Vaccination in the Punjab 1883-1896 - 1883-1896
Year: 1883
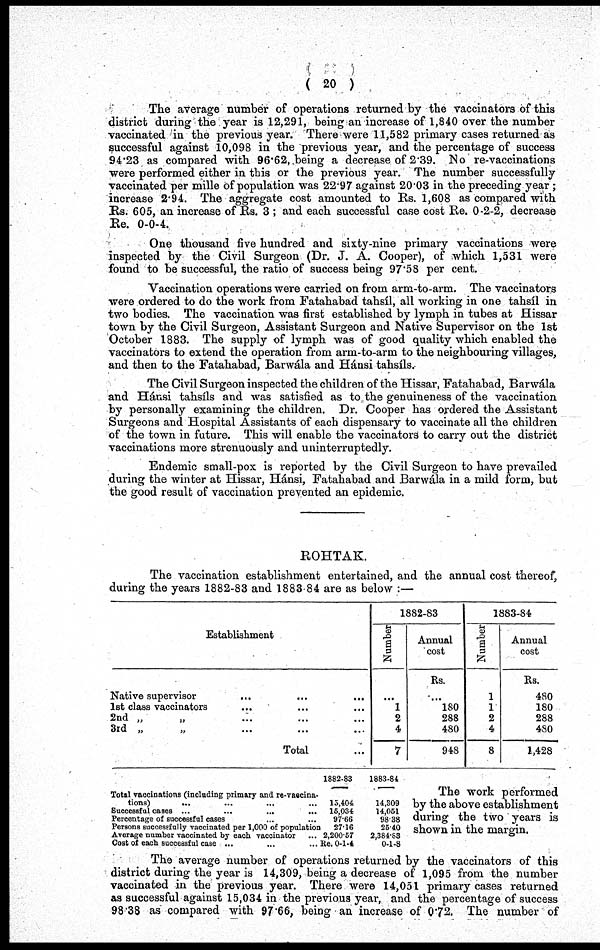
( 20 )
The average number of operations returned by the vaccinators of this
district during the year is 12,291, being an increase of 1,840 over the number
vaccinated in the previous year. There were 11,582 primary cases returned as
successful against 10,098 in the previous year, and the percentage of success
94.23 as compared with 96.62, being a decrease of 2.39. No re-vaccinations
were performed either in this or the previous year. The number successfully
vaccinated per mille of population was 22.97 against 20.03 in the preceding year ;
increase 2.94. The aggregate cost amounted to Rs. 1,608 as compared with
Rs. 605, an increase of Rs. 3 ; and each successful case cost Re. 0-2-2, decrease
Re. 0-0-4.
One thousand five hundred and sixty-nine primary vaccinations were
inspected by the Civil Surgeon (Dr. J. A. Cooper), of which 1,531 were
found to be successful, the ratio of success being 97.58 per cent.
Vaccination operations were carried on from arm-to-arm. The vaccinators
were ordered to do the work from Fatahabad tahsíl, all working in one tahsíl in
two bodies. The vaccination was first established by lymph in tubes at Hissar
town by the Civil Surgeon, Assistant Surgeon and Native Supervisor on the 1st
October 1883. The supply of lymph was of good quality which enabled the
vaccinators to extend the operation from arm-to-arm to the neighbouring villages,
and then to the Fatahabad, Barwála and Hánsi tahsíls.
The Civil Surgeon inspected the children of the Hissar, Fatahabad, Barwála
and Hánsi tahsíls and was satisfied as to the genuineness of the vaccination
by personally examining the children. Dr. Cooper has ordered the Assistant
Surgeons and Hospital Assistants of each dispensary to vaccinate all the children
of the town in future. This will enable the vaccinators to carry out the district
vaccinations more strenuously and uninterruptedly.
Endemic small-pox is reported by the Civil Surgeon to have prevailed
during the winter at Hissar, Hánsi, Fatahabad and Barwála in a mild form, but
the good result of vaccination prevented an epidemic.
ROHTAK.
The vaccination establishment entertained, and the annual cost thereof,
during the years 1882-83 and 1883-84 are as below :—
Establishment
Native supervisor ... ... ...
1st class vaccinators ... ... ...
2nd „
„ ... ... ...
3rd „
„ ... ... ...
Total ...
1882-83
Number
...
1
2
4
7
Annual
cost
Rs.
...
180
288
480
948
1883-84
Number
1
1
2
4
8
Annual
cost
Rs.
480
180
288
480
1,428
Total vaccinations (including primary and re-vaccina-
tions)
... ... ... ...
Successful cases
...
...
...
...
Percentage of successful cases ... ...
Persons succesefully vaccinated per 1,000 of population
Average number vaccinated by each vaccinator ...
Cost of each successful case ... ... ...
1882-83
15,404
15,034
97.66
27.16
2,200.57
Re. 0-1-4
1883-84
14,309
14,051
98.38
25.40
2,384.83
0-1-8
The work performed
by the above establishment
during the two years is
shown in the margin.
The average number of operations returned by the vaccinators of this
district during the year is 14,309, being a decrease of 1,095 from the number
vaccinated in the previous year. There were 14,051 primary cases returned
as successful against 15,034 in the previous year, and the percentage of success
98.38 as compared with 97.66, being an increase of 0.72. The number of